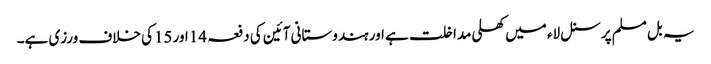
یہ بل مسلم پرسنل لاء میں کھلی مداخلت ہے اور ہندوستانی آئین کی دفعہ 14اور 15کی خلاف ورزی ہے۔